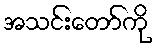
အသင်းတော်ကို